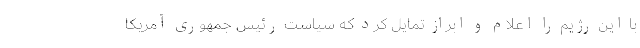
با این رژیم را اعلام و ابراز تمایل کرد که سیاست رئیس جمهوری آمریکا